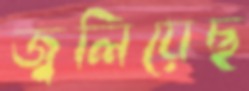
জ্বলিয়েছ